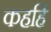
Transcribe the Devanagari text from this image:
कहहिं